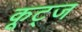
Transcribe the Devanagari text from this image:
कूट्ज